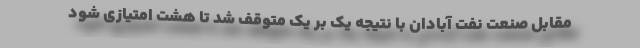
مقابل صنعت نفت آبادان با نتیجه یک بر یک متوقف شد تا هشت امتیازی شود